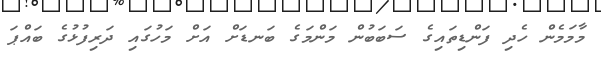
މާމަމެން ހެދި ފަންޑިތައިގެ ސަބަބުން މަންމަގެ ބަނޑަށް އަށް މަހުގައި ދަރިފުޅުގެ ބައްޕަ